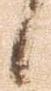
候